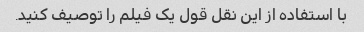
با استفاده از این نقل قول یک فیلم را توصیف کنید.